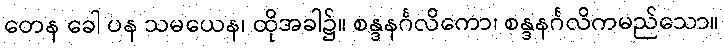
တေန ခေါ ပန သမယေန၊ ထိုအခါ၌။ စန္ဒနင်္ဂလိကော၊ စန္ဒနင်္ဂလိကမည်သော။